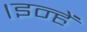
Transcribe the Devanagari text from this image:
।इन्हें